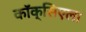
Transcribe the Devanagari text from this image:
कॉक्सिएला